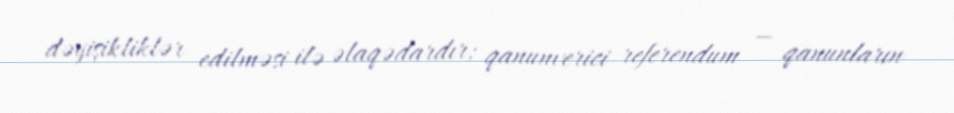
dəyişikliklər edilməsi ilə əlaqədardır; qanunverici referendum — qanunların